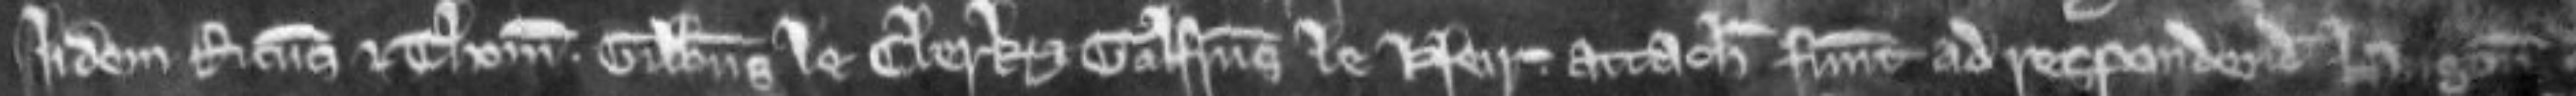
Iidem Ricardus et Thomas. Gilbertus le Clerk et Galfridus le Neir attachiati fuerunt ad respondendum Hugoni de